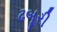
ઢબૂરી